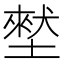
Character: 㙬